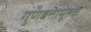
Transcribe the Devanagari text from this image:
गुणवत्तामूल्क